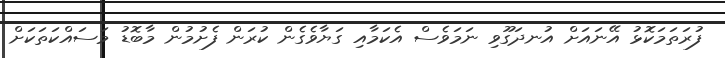
ފުރަތަމަކޮޅު އޭނައަށް އުނދަގޫވި ނަމަވެސް އެކަމާއި ގަޔާވެގެން ކުރަން ފެށުމުން މާބޮޑު މަސައްކަތަކަށް